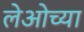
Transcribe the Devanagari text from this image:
लेओच्या